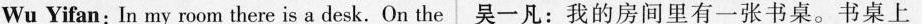
Wu Yifan: In my room there is a desk. On the 吴一凡:我的房间里有一张书桌。书桌上